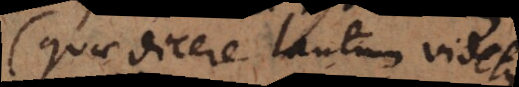
(quae dicere tantum videtur